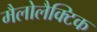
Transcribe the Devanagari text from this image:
मैलोलैक्टिक